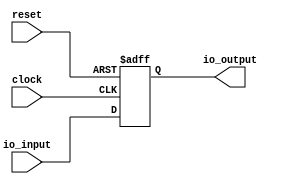
module io_buffer (
    input wire clock,
    input wire reset,
    input wire io_input,
    output reg io_output
);

reg buffer_flip_flop;

always @(posedge clock or posedge reset) begin
    if (reset) begin
        buffer_flip_flop <= 1'b0;
    end else begin
        buffer_flip_flop <= io_input;
    end
end

assign io_output = buffer_flip_flop;

endmodule